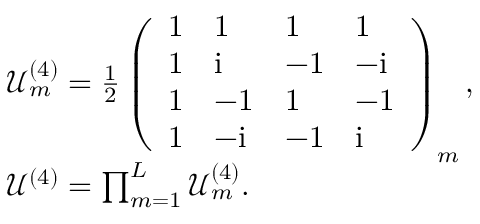
\begin{array} { r l } & { \mathcal { U } _ { m } ^ { ( 4 ) } = \frac { 1 } { 2 } \left( \begin{array} { l l l l } { 1 } & { 1 } & { 1 } & { 1 } \\ { 1 } & { \mathrm { i } } & { - 1 } & { - \mathrm { i } } \\ { 1 } & { - 1 } & { 1 } & { - 1 } \\ { 1 } & { - \mathrm { i } } & { - 1 } & { \mathrm { i } } \end{array} \right) _ { m } , } \\ & { \mathcal { U } ^ { ( 4 ) } = \prod _ { m = 1 } ^ { L } \mathcal { U } _ { m } ^ { ( 4 ) } . } \end{array}